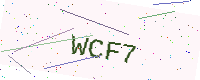
Text: WCF7